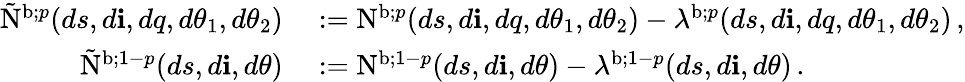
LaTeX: \begin{array}{rl}{\tilde{\mathrm{N}}^{\mathrm{b};p}(ds,d\mathbf{i},dq,d\theta_{1},d\theta_{2})}&{{}:=\mathrm{N}^{\mathrm{b};p}(ds,d\mathbf{i},dq,d\theta_{1},d\theta_{2})-\lambda^{\mathrm{b};p}(ds,d\mathbf{i},dq,d\theta_{1},d\theta_{2})\, ,}\\ {\tilde{\mathrm{N}}^{\mathrm{b};1-p}(ds,d\mathbf{i},d\theta)}&{{}:=\mathrm{N}^{\mathrm{b};1-p}(ds,d\mathbf{i},d\theta)-\lambda^{\mathrm{b};1-p}(ds,d\mathbf{i},d\theta)\, .}\end{array}